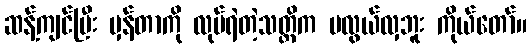
ဆန့်ကျင်ပြီး မှန်တာကို လုပ်ရဲတဲ့သတ္တိက မလွယ်လှဘူး ကိုယ်တော်။